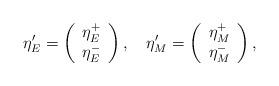
LaTeX: \begin{align*}\eta'_E=\left(\begin{array}{c} \eta_E^+ \\ \eta_E^- \end{array}\right),\quad\eta'_M=\left(\begin{array}{c} \eta_M^+ \\ \eta_M^- \end{array}\right),\end{align*}